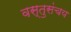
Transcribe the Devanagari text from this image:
वस्तुसंचय